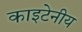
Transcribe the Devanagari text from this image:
काइटेनीय